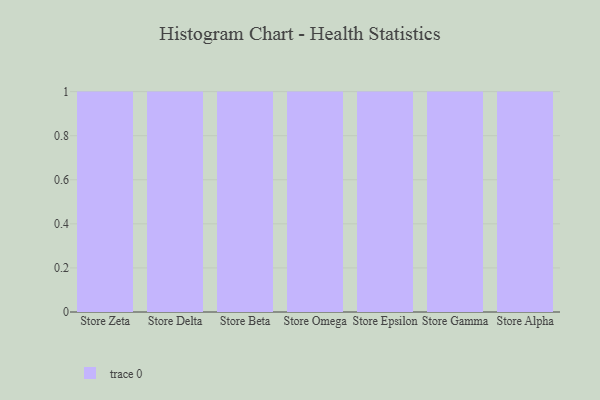
{"axis": {"x": "Store", "y": "Shipments"}, "legend": [""], "data": [{"x": "Store Zeta", "y": 58, "type": ""}, {"x": "Store Delta", "y": 87, "type": ""}, {"x": "Store Beta", "y": 99, "type": ""}, {"x": "Store Omega", "y": 93, "type": ""}, {"x": "Store Epsilon", "y": 72, "type": ""}, {"x": "Store Gamma", "y": 20, "type": ""}, {"x": "Store Alpha", "y": 22, "type": ""}]}